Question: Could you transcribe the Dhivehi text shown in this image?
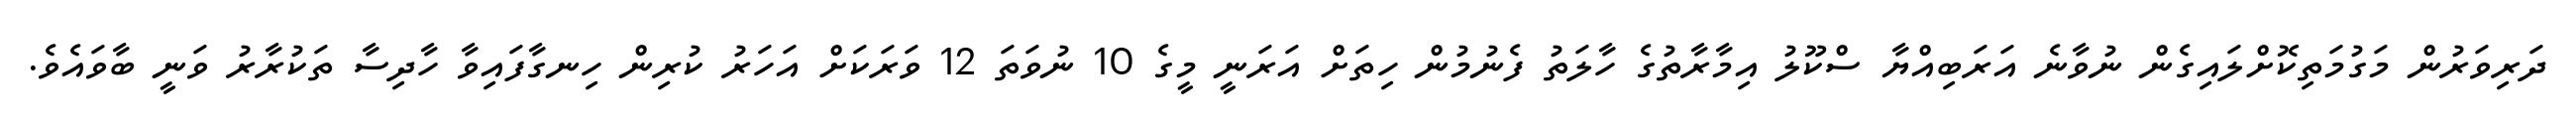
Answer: ދަރިވަރުން މަގުމަތިކޮށްލައިގެން ނުވާނެ އަރަބިއްޔާ ސްކޫލު އިމާރާތުގެ ހާލަތު ފެނުމުން ހިތަށް އަރަނީ މީގެ 10 ނުވަތަ 12 ވަރަކަށް އަހަރު ކުރިން ހިނގާފައިވާ ހާދިސާ ތަކުރާރު ވަނީ ބާވައެވެ.